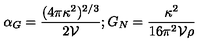
\alpha _ { G } = { \frac { ( 4 \pi \kappa ^ { 2 } ) ^ { 2 / 3 } } { 2 \mathcal { V } } } ; G _ { N } = { \frac { \kappa ^ { 2 } } { 1 6 \pi ^ { 2 } \mathcal { V } \rho } }